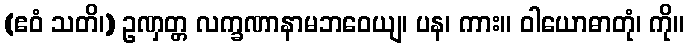
(ဧဝံ သတိ၊) ဥဏှတ္တ လက္ခဏာနာမဘဝေယျ၊ ပန၊ ကား။ ဝါယောဓာတုံ၊ ကို။